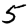
Digit: 5